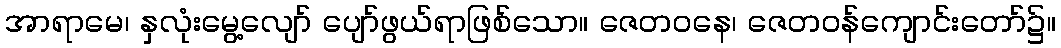
အာရာမေ၊ နှလုံးမွေ့လျော် ပျော်ဖွယ်ရာဖြစ်သော။ ဇေတဝနေ၊ ဇေတဝန်ကျောင်းတော်၌။